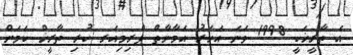
އެ ތާރީޚަކީ 1998 ވަނަ އަހަރު އަމާނާތް ޕްރިމިއަރ ކުރި ތާރީޚް ކަމަށް